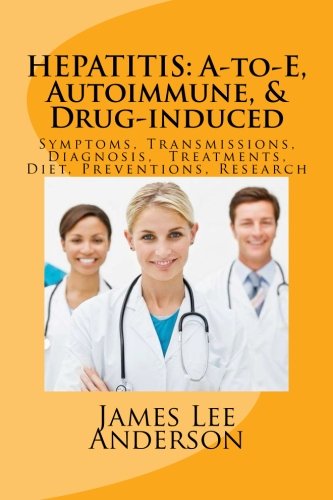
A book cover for HEPATITIS: A-to-E, Autoimmune, & Drug-induced: Symptoms, Transmissions, Diagnosis,  Treatments, Diet, Preventions, Research; James Lee Anderson; Health, Fitness & Dieting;